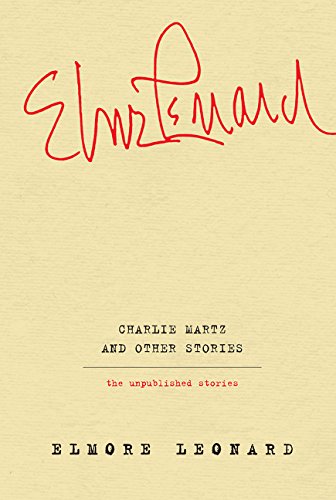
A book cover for Charlie Martz and Other Stories: The Unpublished Stories; Elmore Leonard; Mystery, Thriller & Suspense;